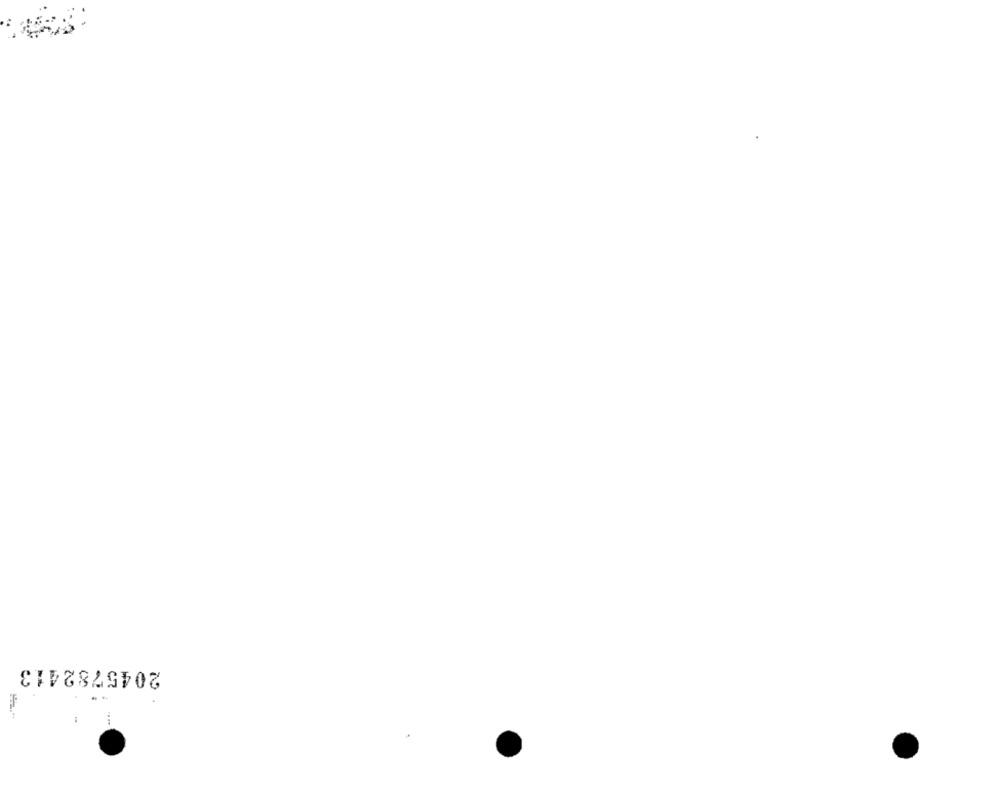
2045782413